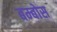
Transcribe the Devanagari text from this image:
बम्बोस